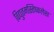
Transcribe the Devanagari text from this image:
विद्युतमस्तिष्कलेख